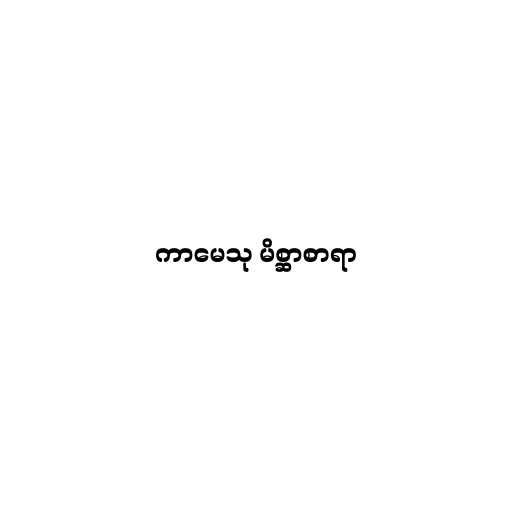
ကာမေသု မိစ္ဆာစာရာ